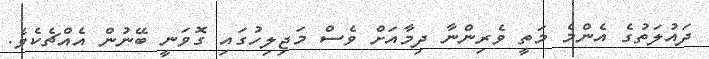
ދައުލަތުގެ އެންމެ މަތީ ވެރިންނާ ދިމާއަށް ވެސް މަޖިލިހުގައި ގޮވަނީ ބޭނުން އެއްޗެކެވެ.